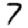
Digit: 7